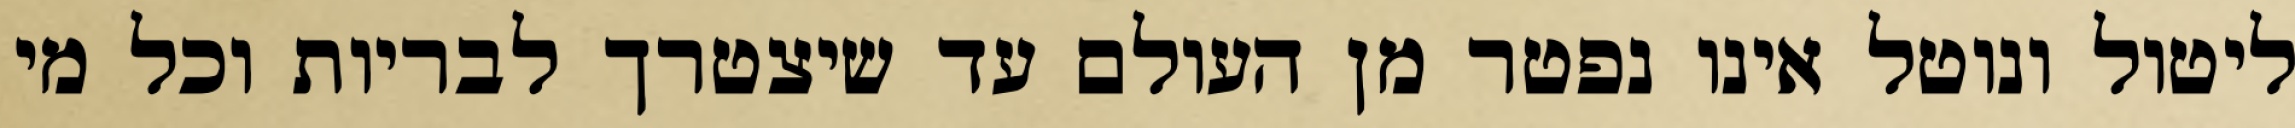
ליטול ונוטל אינו נפטר מן העולם עד שיצטרך לבריות וכל מי